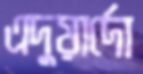
এদুয়ার্দো